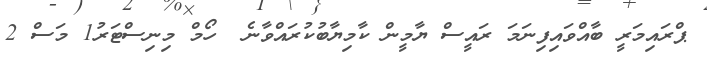
ޕްރައިމަރީ ބާއްވައިފިނަމަ ރައީސް ޔާމީން ކާމިޔާބުކުރައްވާނެ  ހޯމް މިނިސްޓަރު1 މަސް 2